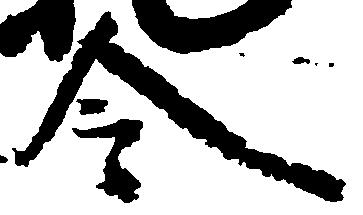
令